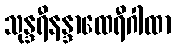
သုန္ဒရီနန္ဒာထေရီဂါထာ